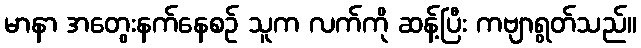
မာနာ အတွေးနက်နေစဉ် သူက လက်ကို ဆန့်ပြီး ကဗျာရွတ်သည်။